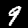
Digit: 9